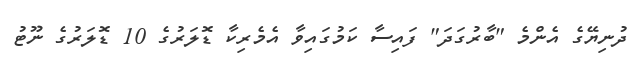
ދުނިޔޭގެ އެންމެ "ބާރުގަދަ" ފައިސާ ކަމުގައިވާ އެމެރިކާ ޑޮލަރުގެ 10 ޑޮލަރުގެ ނޫޓު